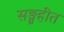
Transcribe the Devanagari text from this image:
सङ्ग्रहीत